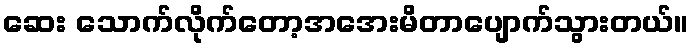
ဆေး သောက်လိုက်တော့အအေးမိတာပျောက်သွားတယ်။